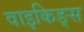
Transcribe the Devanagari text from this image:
वाइकिङ्स